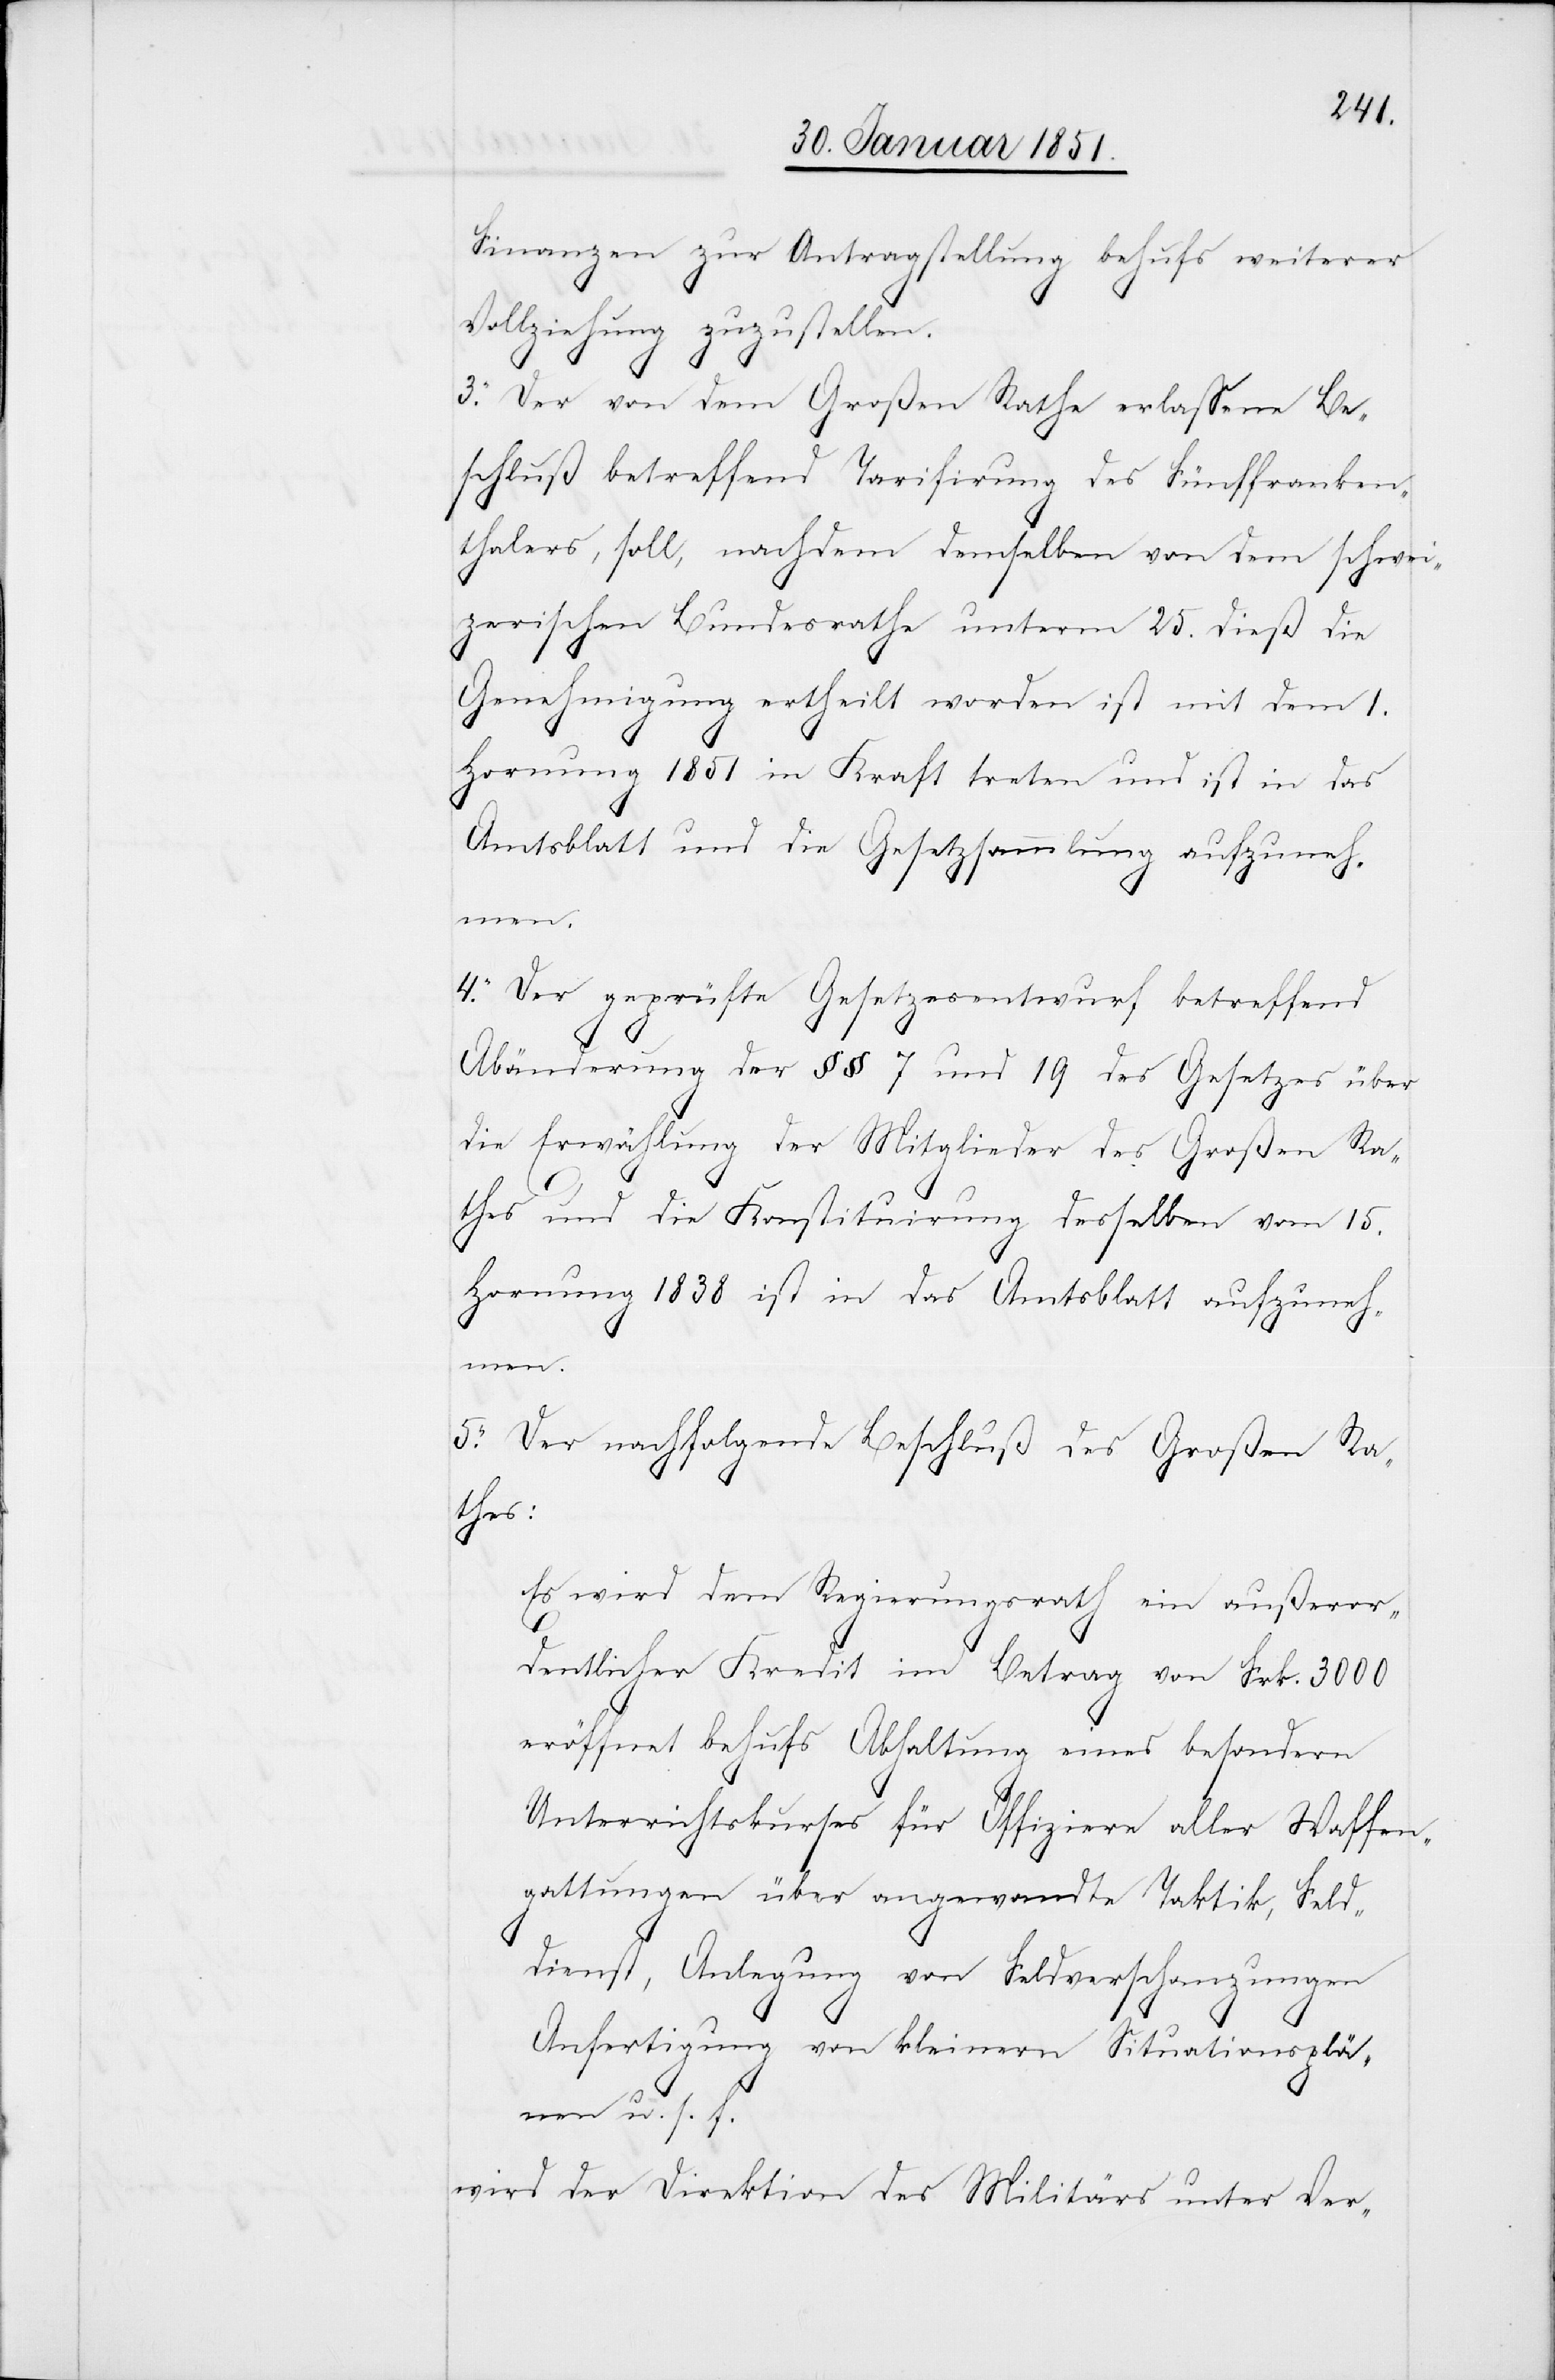
Finanzen zur Antragstellung behufs weiterer
Vollziehung zuzustellen.
3. Der von dem Großen Rathe erlassene Be¬
schluß betreffend Tarifirung des Fünffranken¬
thalers, soll, nachdem demselben von dem schwei¬
zerischen Bundesrathe unterm 25. dieß die
Genehmigung ertheilt worden ist mit dem 1.
Hornung 1851 in Kraft treten und ist in das
Amtsblatt und die Gesetzsammlung aufzuneh¬
men.
4. Der geprüfte Gesetzesentwurf betreffend
Abänderung der §§ 7 und 19 des Gesetzes über
die Erwählung der Mitglieder des Großen Ra¬
thes und die Konstituirung desselben vom 15.
Hornung 1838 ist in das Amtsblatt aufzuneh¬
men.
5. Der nachfolgende Beschluß des Großen Ra¬
thes:
Es wird dem Regierungsrath ein außeror¬
dentlicher Kredit im Betrag von Frk. 3000
eröffnet behufs Abhaltung eines besondern
Unterrichtskurses für Offiziere aller Waffen¬
gattungen über angewandte Taktik, Feld¬
dienst, Anlegung von Feldverschanzungen[,]
Anfertigung von kleinern Situationsplä¬
nen u. s. f.
wird der Direktion des Militärs unter Ver-